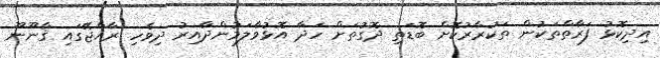
އިދިކޮޅު ފަރާތްތަކުން ތަކުރާރުކޮށް ބޮޑަތި ދޮގުތަށް ހަދާ އޮޅުވާލަމުންދާއިރު ދިވެހި ރާއްޖޭގައި ޤާނޫނޫ